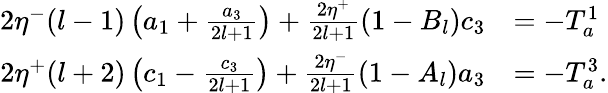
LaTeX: \begin{array}{rl}{2\eta^{-}(l-1)\left(a_{1}+\frac{a_{3}}{2l+1}\right)+\frac{2\eta^{+}}{2l+1}(1-B_{l})c_{3}}&{=-T_{a}^{1}}\\ {2\eta^{+}(l+2)\left(c_{1}-\frac{c_{3}}{2l+1}\right)+\frac{2\eta^{-}}{2l+1}(1-A_{l})a_{3}}&{=-T_{a}^{3}.}\end{array}